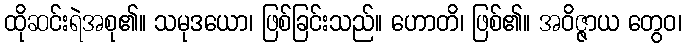
ထိုဆင်းရဲအစု၏။ သမုဒယော၊ ဖြစ်ခြင်းသည်။ ဟောတိ၊ ဖြစ်၏။ အဝိဇ္ဇာယ တွေဝ၊